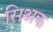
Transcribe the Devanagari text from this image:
सिअक